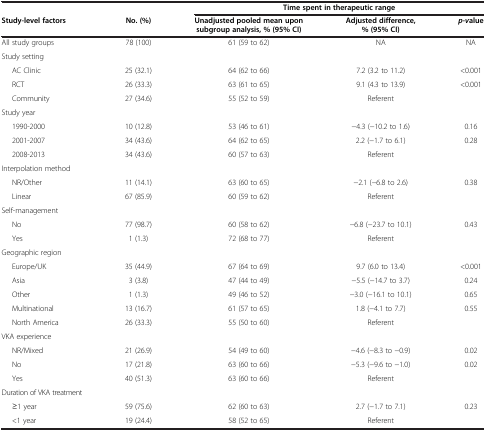
<table><thead><tr><td><b> </b></td><td><b> </b></td><td colspan="3"><b>Time spent in therapeutic range</b></td></tr><tr><td><b>Study-level factors</b></td><td><b>No. (%)</b></td><td><b>Unadjusted pooled mean upon subgroup analysis, % (95% CI)</b></td><td><b>Adjusted difference, % (95% CI)</b></td><td><b><i>p-v</i>alue</b></td></tr></thead><tbody><tr><td>All study groups</td><td>78 (100)</td><td>61 (59 to 62)</td><td>NA</td><td>NA</td></tr><tr><td>Study setting</td><td> </td><td> </td><td> </td><td> </td></tr><tr><td>AC Clinic</td><td>25 (32.1)</td><td>64 (62 to 66)</td><td>7.2 (3.2 to 11.2)</td><td>&lt;0.001</td></tr><tr><td>RCT</td><td>26 (33.3)</td><td>63 (61 to 65)</td><td>9.1 (4.3 to 13.9)</td><td>&lt;0.001</td></tr><tr><td>Community</td><td>27 (34.6)</td><td>55 (52 to 59)</td><td>Referent</td><td> </td></tr><tr><td>Study year</td><td> </td><td> </td><td> </td><td> </td></tr><tr><td>1990-2000</td><td>10 (12.8)</td><td>53 (46 to 61)</td><td>−4.3 (−10.2 to 1.6)</td><td>0.16</td></tr><tr><td>2001-2007</td><td>34 (43.6)</td><td>64 (62 to 65)</td><td>2.2 (−1.7 to 6.1)</td><td rowspan="2">0.28</td></tr><tr><td>2008-2013</td><td>34 (43.6)</td><td>60 (57 to 63)</td><td>Referent</td></tr><tr><td>Interpolation method</td><td> </td><td> </td><td> </td><td> </td></tr><tr><td>NR/Other</td><td>11 (14.1)</td><td>63 (60 to 65)</td><td>−2.1 (−6.8 to 2.6)</td><td>0.38</td></tr><tr><td>Linear</td><td>67 (85.9)</td><td>60 (59 to 62)</td><td>Referent</td><td> </td></tr><tr><td>Self-management</td><td> </td><td> </td><td> </td><td> </td></tr><tr><td>No</td><td>77 (98.7)</td><td>60 (58 to 62)</td><td>−6.8 (−23.7 to 10.1)</td><td>0.43</td></tr><tr><td>Yes</td><td>1 (1.3)</td><td>72 (68 to 77)</td><td>Referent</td><td> </td></tr><tr><td>Geographic region</td><td> </td><td> </td><td> </td><td> </td></tr><tr><td>Europe/UK</td><td>35 (44.9)</td><td>67 (64 to 69)</td><td>9.7 (6.0 to 13.4)</td><td>&lt;0.001</td></tr><tr><td>Asia</td><td>3 (3.8)</td><td>47 (44 to 49)</td><td>−5.5 (−14.7 to 3.7)</td><td>0.24</td></tr><tr><td>Other</td><td>1 (1.3)</td><td>49 (46 to 52)</td><td>−3.0 (−16.1 to 10.1)</td><td>0.65</td></tr><tr><td>Multinational</td><td>13 (16.7)</td><td>61 (57 to 65)</td><td>1.8 (−4.1 to 7.7)</td><td>0.55</td></tr><tr><td>North America</td><td>26 (33.3)</td><td>55 (50 to 60)</td><td>Referent</td><td> </td></tr><tr><td>VKA experience</td><td> </td><td> </td><td> </td><td> </td></tr><tr><td>NR/Mixed</td><td>21 (26.9)</td><td>54 (49 to 60)</td><td>−4.6 (−8.3 to −0.9)</td><td>0.02</td></tr><tr><td>No</td><td>17 (21.8)</td><td>63 (60 to 66)</td><td>−5.3 (−9.6 to −1.0)</td><td>0.02</td></tr><tr><td>Yes</td><td>40 (51.3)</td><td>63 (60 to 66)</td><td>Referent</td><td> </td></tr><tr><td>Duration of VKA treatment</td><td> </td><td> </td><td> </td><td> </td></tr><tr><td>≥1 year</td><td>59 (75.6)</td><td>62 (60 to 63)</td><td>2.7 (−1.7 to 7.1)</td><td>0.23</td></tr><tr><td>&lt;1 year</td><td>19 (24.4)</td><td>58 (52 to 65)</td><td>Referent</td><td> </td></tr></tbody></table>